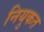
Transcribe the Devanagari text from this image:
नियुकत